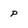
Character: P